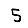
Digit: 5